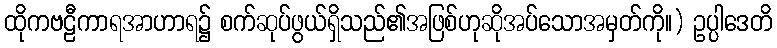
ထိုကဗဠီကာရအာဟာရ၌ စက်ဆုပ်ဖွယ်ရှိသည်၏အဖြစ်ဟုဆိုအပ်သောအမှတ်ကို။) ဥပ္ပါဒေတိ